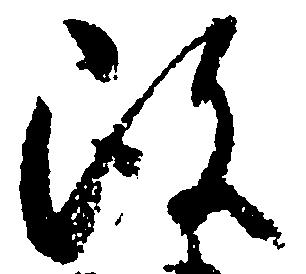
改